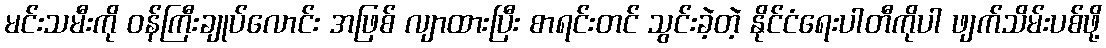
မင်းသမီးကို ဝန်ကြီးချုပ်လောင်း အဖြစ် လျာထားပြီး စာရင်းတင် သွင်းခဲ့တဲ့ နိုင်ငံရေးပါတီကိုပါ ဖျက်သိမ်းပစ်ဖို့